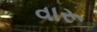
વારૂ